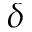
\delta